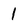
Character: 1